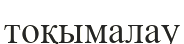
тоқымалау